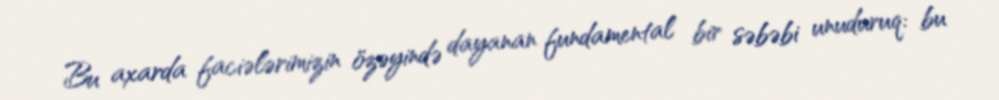
Bu axarda faciələrimizin özəyində dayanan fundamental bir səbəbi unuduruq: bu